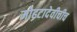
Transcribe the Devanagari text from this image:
मोहटादेवीचीच